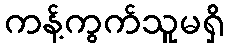
ကန့်ကွက်သူမရှိ